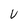
Character: V